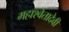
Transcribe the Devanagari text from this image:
महाश्वेतादेवी